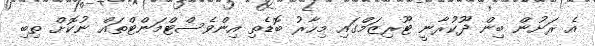
އެ ރަށުން ބިން ދޫކުރާނީ ޓޫރިޒަމްގައި މިހާރު ބޮޑެތި އިންވެސްޓްމަންޓްތައް ނުކޮށް ތިބި